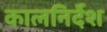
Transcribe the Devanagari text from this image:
कालनिर्देश